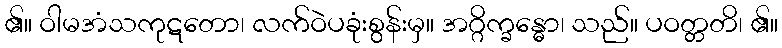
၏။ ဝါမအံသကုဋတော၊ လက်ဝဲပခုံးစွန်းမှ။ အဂ္ဂိက္ခန္ဓော၊ သည်။ ပဝတ္တတိ၊ ၏။